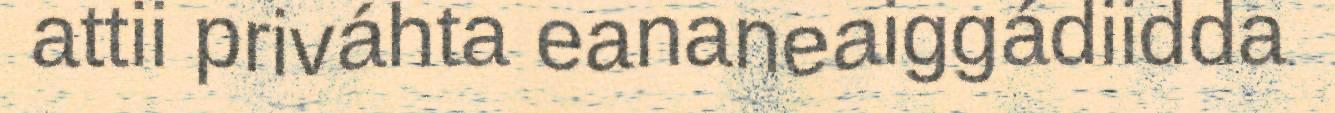
attii priváhta eananeaiggádiidda